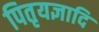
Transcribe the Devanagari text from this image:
पितृयज्ञादि